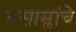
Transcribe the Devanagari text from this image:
वसाम्लांचे